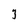
Character: 3